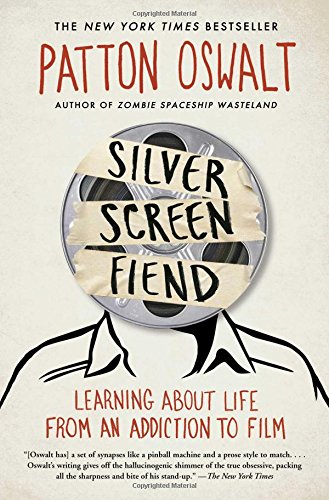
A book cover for Silver Screen Fiend: Learning About Life from an Addiction to Film; Patton Oswalt; Humor & Entertainment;